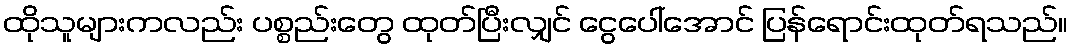
ထိုသူများကလည်း ပစ္စည်းတွေ ထုတ်ပြီးလျှင် ငွေပေါ်အောင် ပြန်ရောင်းထုတ်ရသည်။